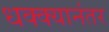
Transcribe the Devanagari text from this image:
धक्क्यानंतर